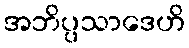
အဘိပ္ပသာဒေဟိ